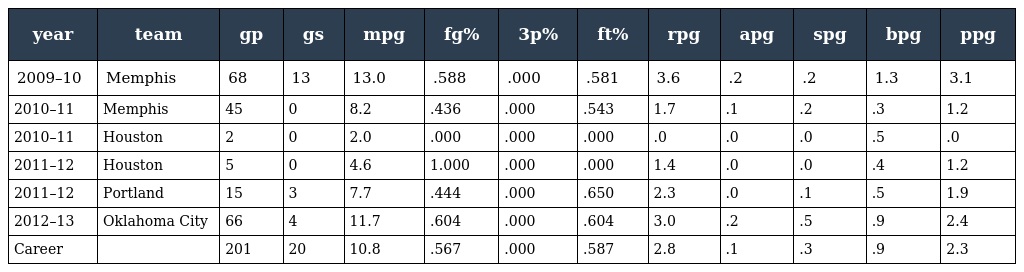
| year | team | gp | gs | mpg | fg% | 3p% | ft% | rpg | apg | spg | bpg | ppg |
 | --- | --- | --- | --- | --- | --- | --- | --- | --- | --- | --- | --- | --- |
 | 2009–10 | Memphis | 68 | 13 | 13.0 | .588 | .000 | .581 | 3.6 | .2 | .2 | 1.3 | 3.1 |
 | 2010–11 | Memphis | 45 | 0 | 8.2 | .436 | .000 | .543 | 1.7 | .1 | .2 | .3 | 1.2 |
 | 2010–11 | Houston | 2 | 0 | 2.0 | .000 | .000 | .000 | .0 | .0 | .0 | .5 | .0 |
 | 2011–12 | Houston | 5 | 0 | 4.6 | 1.000 | .000 | .000 | 1.4 | .0 | .0 | .4 | 1.2 |
 | 2011–12 | Portland | 15 | 3 | 7.7 | .444 | .000 | .650 | 2.3 | .0 | .1 | .5 | 1.9 |
 | 2012–13 | Oklahoma City | 66 | 4 | 11.7 | .604 | .000 | .604 | 3.0 | .2 | .5 | .9 | 2.4 |
 | Career |  | 201 | 20 | 10.8 | .567 | .000 | .587 | 2.8 | .1 | .3 | .9 | 2.3 |